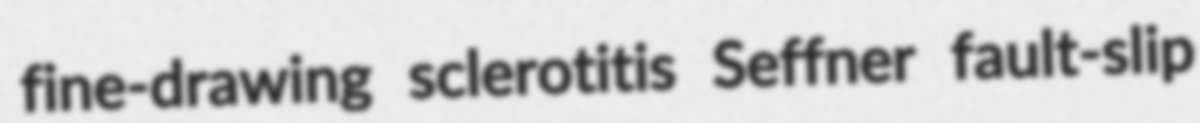
fine-drawing sclerotitis Seffner fault-slip